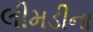
લીમડીના